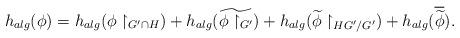
LaTeX: \begin{align*}h_{alg}(\phi)=h_{alg}(\phi\upharpoonright_{G'\cap H})+h_{alg}(\widetilde{\phi\upharpoonright_{G'}})+h_{alg}(\widetilde{\phi}\upharpoonright_{HG'/G'})+h_{alg}(\overline{\widetilde{\phi}}).\end{align*}